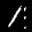
Label: 1